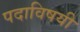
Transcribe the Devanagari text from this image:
पदाविषयी